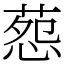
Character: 葾